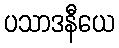
ပသာဒနီယေ